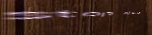
stop ahead